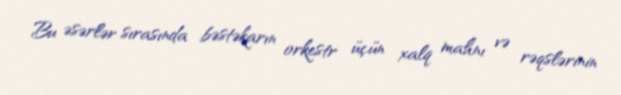
Bu əsərlər sırasında bəstəkarın orkestr üçün xalq mahnı və rəqslərinin